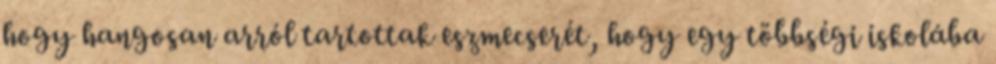
hogy hangosan arról tartottak eszmecserét, hogy egy többségi iskolába